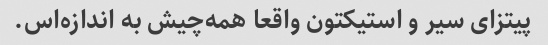
پیتزای سیر و استیکتون واقعا همه‌چیش به اندازه‌اس.